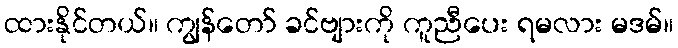
ထားနိုင်တယ်။ ကျွန်တော် ခင်ဗျားကို ကူညီပေး ရမလား မဒမ်။